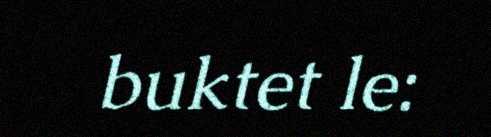
buktet le: